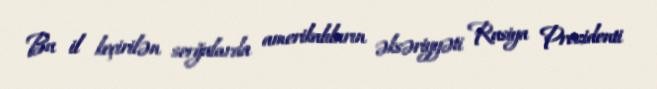
Bu il keçirilən sorğularda amerikalıların əksəriyyəti Rusiya Prezidenti